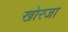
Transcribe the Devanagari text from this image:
खोरजा